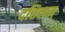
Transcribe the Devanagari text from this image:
दत्तिलम्‌